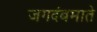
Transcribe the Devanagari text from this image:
जगदंबमाते